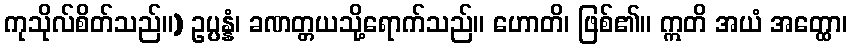
ကုသိုလ်စိတ်သည်။) ဥပ္ပန္နံ၊ ခဏတ္တယသို့ရောက်သည်။ ဟောတိ၊ ဖြစ်၏။ ဣတိ အယံ အတ္ထော၊